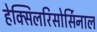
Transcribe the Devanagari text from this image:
हेक्सिलरिसोर्सिनाल